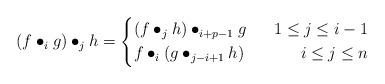
LaTeX: \begin{align*}(f\bullet_i g)\bullet_j h = \left\{\begin{aligned}&(f \bullet_j h) \bullet_{i+p-1} g & & &1 \leq j \leq i-1& \\& f \bullet_i (g \bullet_{j-i+1} h) & & &i \leq j \leq n & \end{aligned}\right.\end{align*}